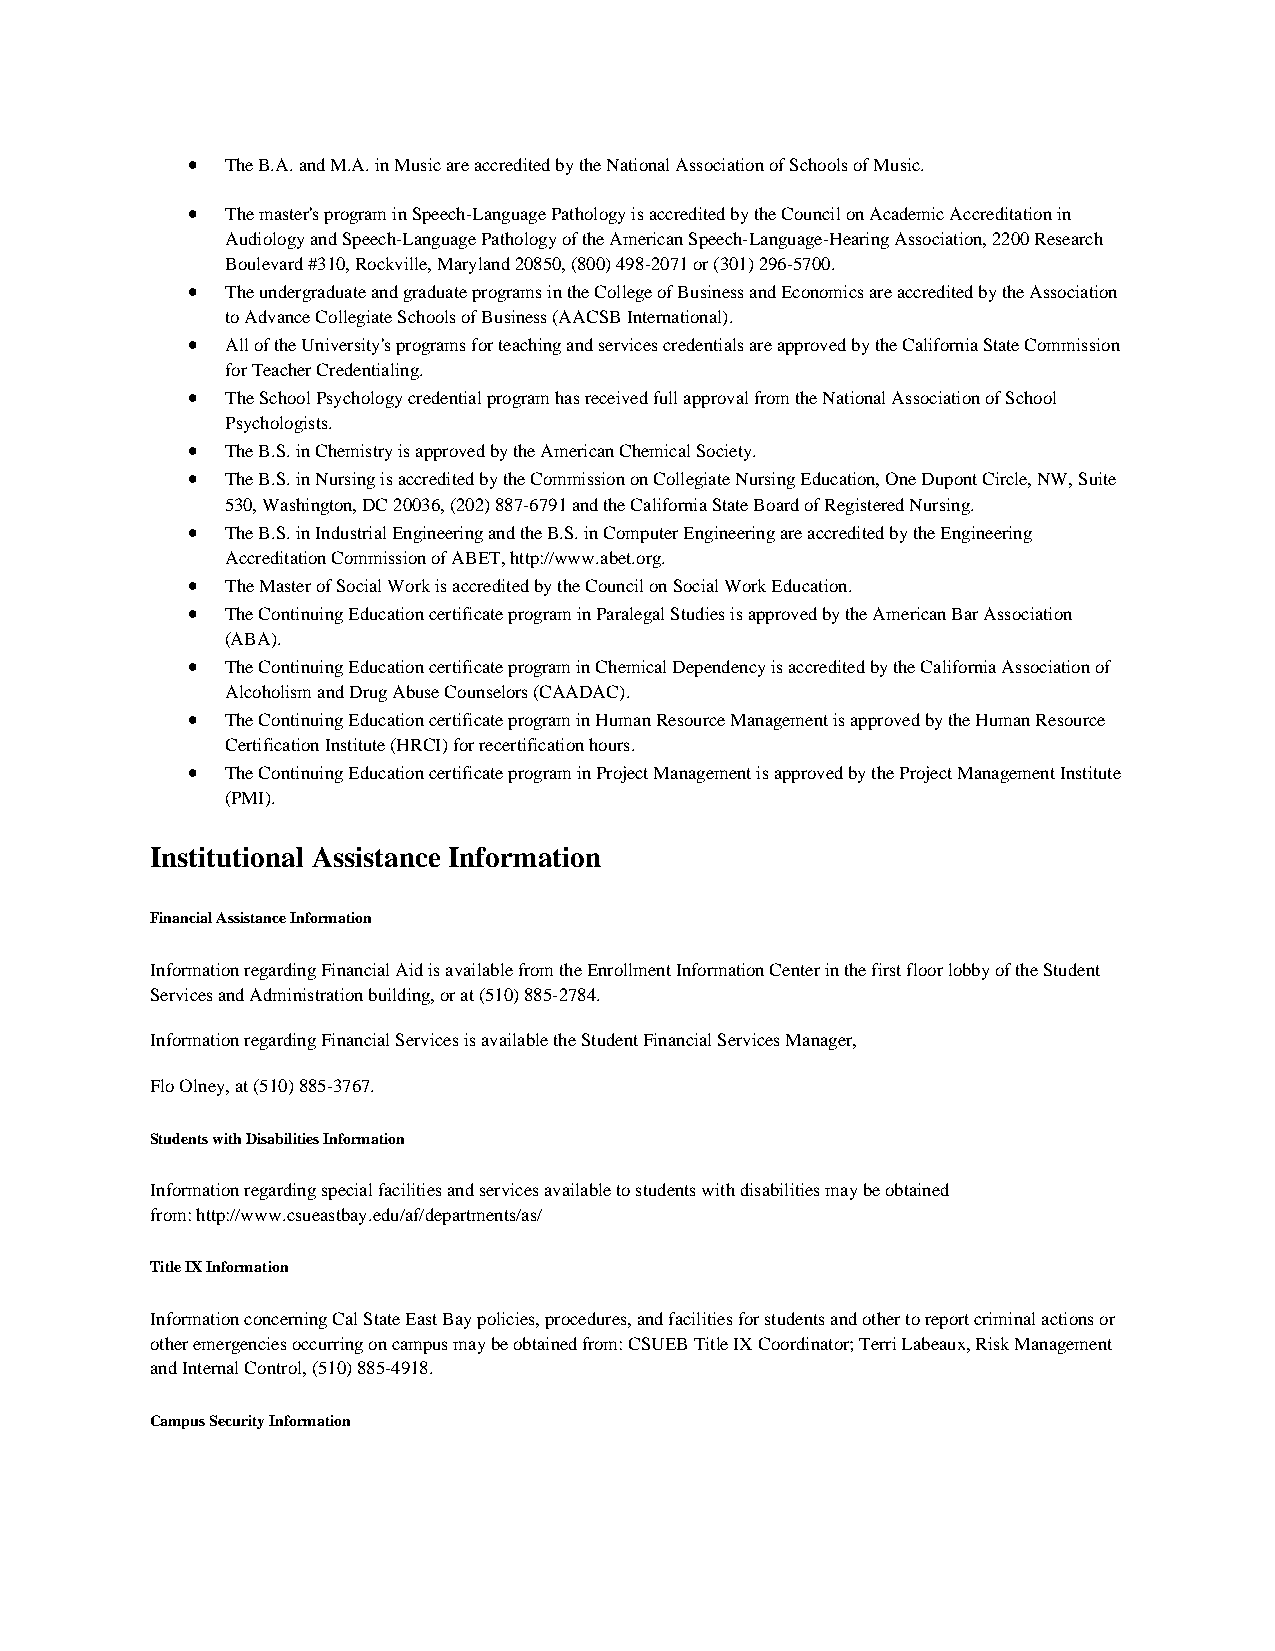
•  The B.A. and M.A. in Music are accredited by the National Association of Schools of Music.
 •  The master's program in Speech-Language Pathology is accredited by the Council on Academic Accreditation in
 Audiology and Speech-Language Pathology of the American Speech-Language-Hearing Association, 2200 Research
 Boulevard #310, Rockville, Maryland 20850, (800) 498-2071 or (301) 296-5700.
 •  The undergraduate and graduate programs in the College of Business and Economics are accredited by the Association
 to Advance Collegiate Schools of Business (AACSB International).
 •  All of the University's programs for teaching and services credentials are approved by the California State Commission
 for Teacher Credentialing.
 •  The School Psychology credential program has received full approval from the National Association of School
 Psychologists.
 •  The B.S. in Chemistry is approved by the American Chemical Society.
 •  The B.S. in Nursing is accredited by the Commission on Collegiate Nursing Education, One Dupont Circle, NW, Suite
 530, Washington, DC 20036, (202) 887-6791 and the California State Board of Registered Nursing.
 •  The B.S. in Industrial Engineering and the B.S. in Computer Engineering are accredited by the Engineering
 Accreditation Commission of ABET, http://www.abet.org.
 •  The Master of Social Work is accredited by the Council on Social Work Education.
 •  The Continuing Education certificate program in Paralegal Studies is approved by the American Bar Association
 (ABA).
 •  The Continuing Education certificate program in Chemical Dependency is accredited by the California Association of
 Alcoholism and Drug Abuse Counselors (CAADAC).
 •  The Continuing Education certificate program in Human Resource Management is approved by the Human Resource
 Certification Institute (HRCI) for recertification hours.
 •  The Continuing Education certificate program in Project Management is approved by the Project Management Institute
 (PMI).
 Institutional Assistance Information
 Financial Assistance Information
 Information regarding Financial Aid is available from the Enrollment Information Center in the first floor lobby of the Student
 Services and Administration building, or at (510) 885-2784.
 Information regarding Financial Services is available the Student Financial Services Manager,
 Flo Olney, at (510) 885-3767.
 Students with Disabilities Information
 Information regarding special facilities and services available to students with disabilities may be obtained
 from: http://www.csueastbay.edu/af/departments/as/
 Title IX Information
 Information concerning Cal State East Bay policies, procedures, and facilities for students and other to report criminal actions or
 other emergencies occurring on campus may be obtained from: CSUEB Title IX Coordinator; Terri Labeaux, Risk Management
 and Internal Control, (510) 885-4918.
 Campus Security Information